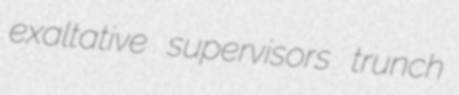
exaltative supervisors trunch